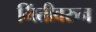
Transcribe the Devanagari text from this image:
भिंतीवरुन